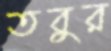
তবুর